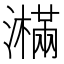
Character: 𤂉